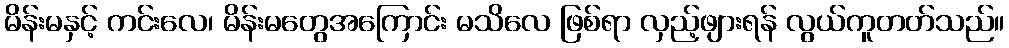
မိန်းမနှင့် ကင်းလေ၊ မိန်းမတွေအကြောင်း မသိလေ ဖြစ်ရာ လှည့်ဖျားရန် လွယ်ကူတတ်သည်။